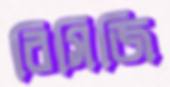
বিসিজি